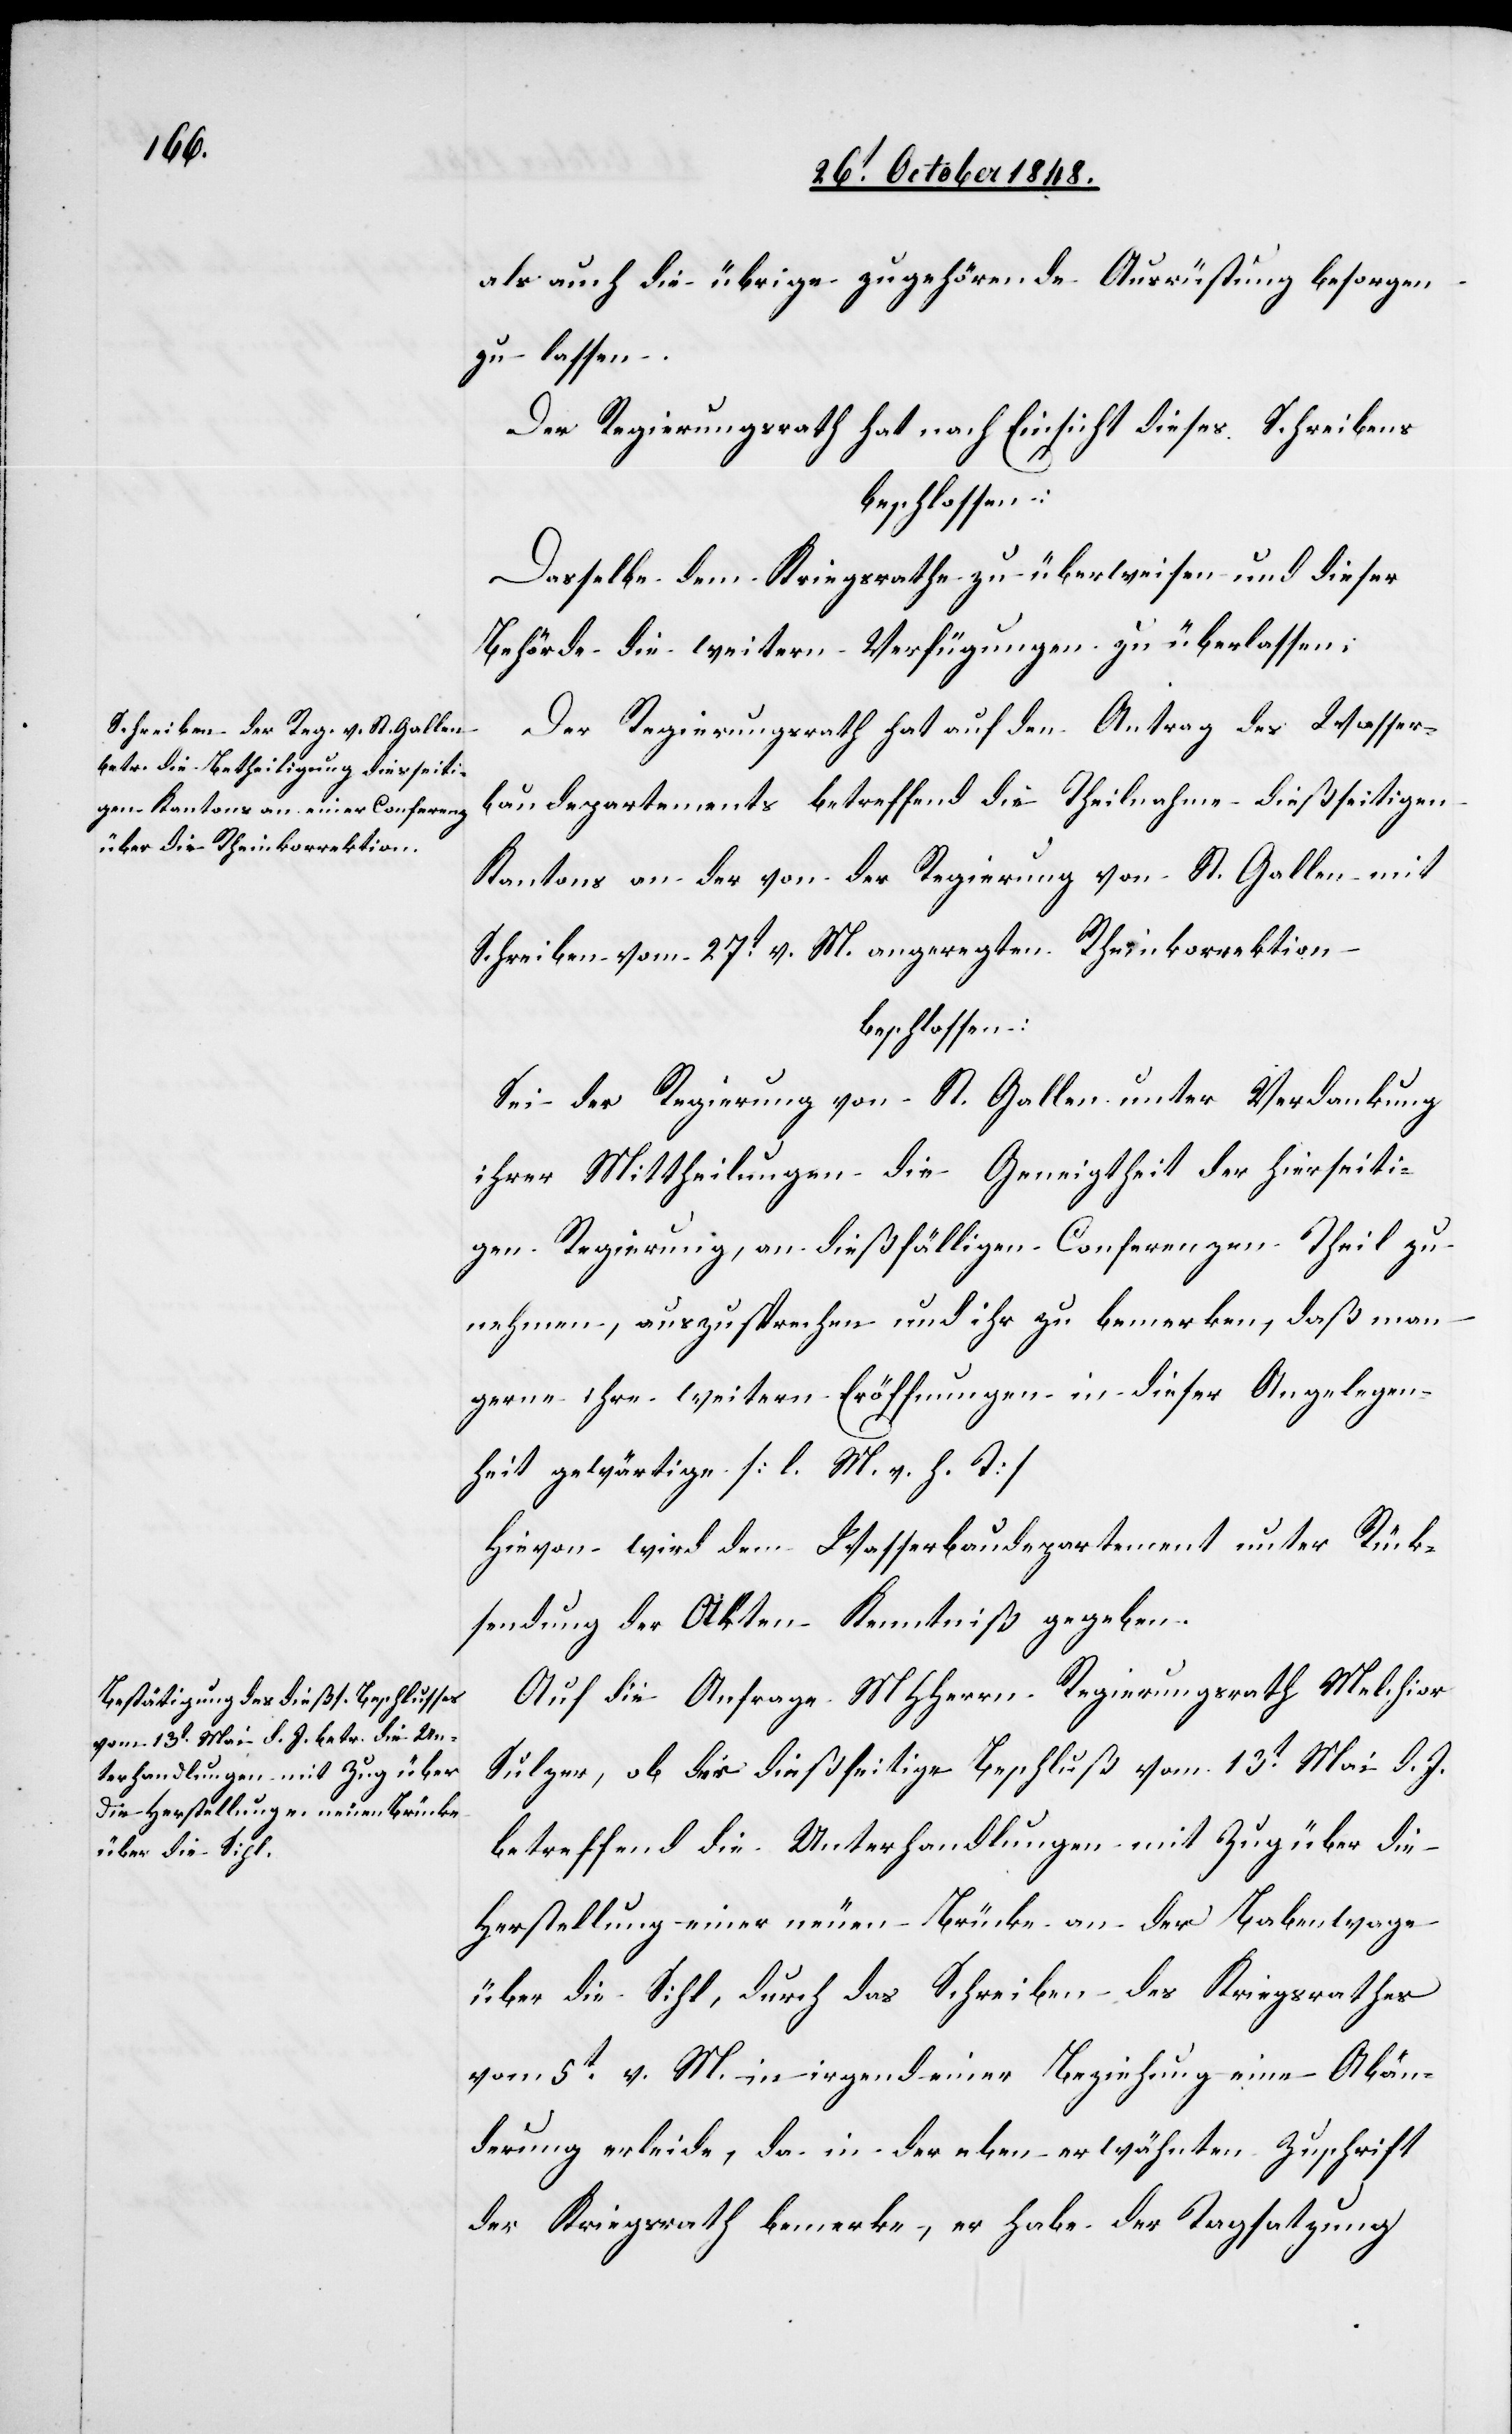
als auch die übrige zugehörende Ausrüstung besorgen
zu lassen.
Der Regierungsrath hat nach Einsicht dieses Schreibens
beschlossen:
Dasselbe dem Kriegsrathe zu überweisen und dieser
Behörde die weitern Verfügungen zu überlassen.
Der Regierungsrath hat auf den Antrag des Wasser¬
baudepartements betreffend die Theilnahme dießseitigen
Kantons an der von der Regierung von St. Gallen mit
Schreiben vom 27t v. M. angeregten Rheinkorrektion
beschlossen:
Sei der Regierung von St. Gallen unter Verdankung
ihrer Mittheilungen die Geneigtheit der hierseiti¬
gen Regierung, an dießfälligen Conferenzen Theil zu
nehmen, auszusprechen und ihr zu bemerken, daß man
gerne ihre weitern Eröffnungen in dieser Angelegen¬
heit gewärtige [l. M. v. h. T].
Hievon wird dem Wasserbaudepartement unter Rück¬
stellung der Akten Kenntniß gegeben.
Auf die Anfrage MHHerrn Regierungsrath Melchior
Sulzer, ob der dießseitige Beschluß vom 13t Mai d. J.
betreffend die Unterhandlungen mit Zug über die
Herstellung einer neuen Brücke an der Babenwage
über die Sihl, durch das Schreiben des Kriegsrathes
vom 5t v. M. in irgend einer Beziehung eine Abän¬
derung erleide, da in der eben erwähnten Zuschrift
der Kriegsrath bemerke, er habe der Tagsatzung